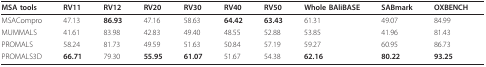
<table><thead><tr><td><b>MSA tools</b></td><td><b>RV11</b></td><td><b>RV12</b></td><td><b>RV20</b></td><td><b>RV30</b></td><td><b>RV40</b></td><td><b>RV50</b></td><td><b>Whole BAliBASE</b></td><td><b>SABmark</b></td><td><b>OXBENCH</b></td></tr></thead><tbody><tr><td>MSACompro</td><td>47.13</td><td><b>86.93</b></td><td>47.16</td><td>58.63</td><td><b>64.42</b></td><td><b>63.43</b></td><td>61.31</td><td>49.07</td><td>84.99</td></tr><tr><td>MUMMALS</td><td>41.61</td><td>83.98</td><td>42.83</td><td>49.40</td><td>48.55</td><td>52.88</td><td>53.85</td><td>41.96</td><td>81.43</td></tr><tr><td>PROMALS</td><td>58.24</td><td>81.73</td><td>49.59</td><td>51.63</td><td>50.84</td><td>57.19</td><td>59.27</td><td>60.95</td><td>86.73</td></tr><tr><td>PROMALS3D</td><td><b>66.71</b></td><td>79.30</td><td><b>55.95</b></td><td><b>61.07</b></td><td>51.67</td><td>54.38</td><td><b>62.16</b></td><td><b>80.22</b></td><td><b>93.25</b></td></tr></tbody></table>